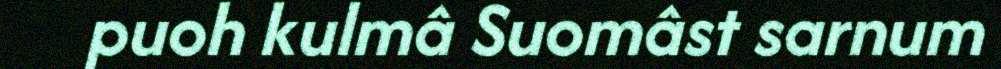
puoh kulmâ Suomâst sarnum